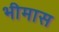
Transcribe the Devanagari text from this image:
भीमास